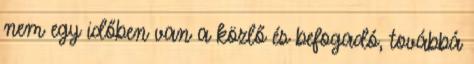
nem egy időben van a közlő és befogadó, továbbá